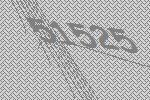
51525